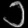
Digit: ၁